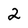
Character: 2